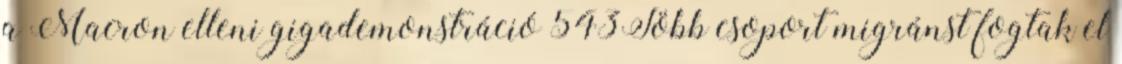
a Macron elleni gigademonstráció 543Több csoport migránst fogtak el